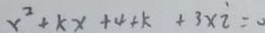
x ^ { 2 } + k x + 4 + k + 3 \times i =